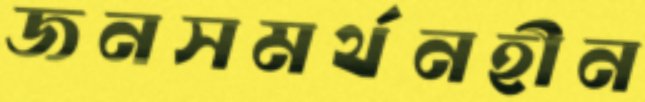
জনসমর্থনহীন